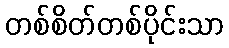
တစ်စိတ်တစ်ပိုင်းသာ